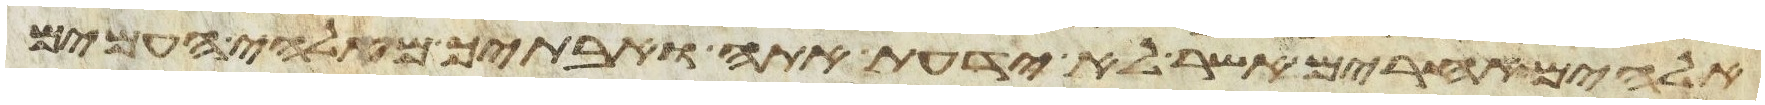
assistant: אלהים אחרים אשר לא ידעת אתה ואבתיך מאלהי העמים